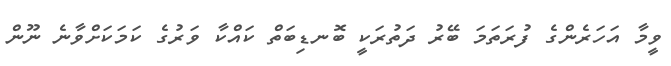
ވީމާ އަހަރެންގެ ފުރަތަމަ ބޭރު ދަތުރަކީ ބޮނޑިބަތް ކައްކާ ވަރުގެ ކަމަކަށްވާނެ ނޫން